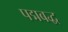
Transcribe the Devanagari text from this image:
पद्मबद्ध